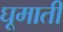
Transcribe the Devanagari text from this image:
घूमाती